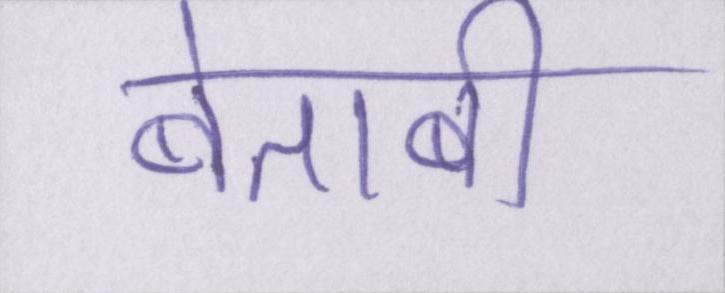
बेताबी